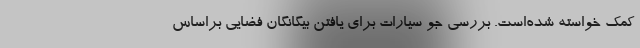
کمک خواسته شده‌است. بررسی جو سیارات برای یافتن بیگانگان فضایی براساس